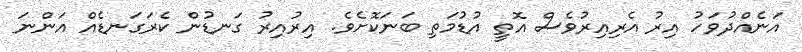
އަނެއްދުވަހު އިރު އެރިއިރުވެސް އޮތީ އުޑުމަތި ބަނަކޮށެވެ. އިރުއިރު ގަނޑުން ކެރަގަނޑެއް އަންނަ